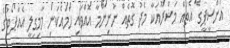
އެންސީޕީގެ އެތައް މަޝްރޫއަކާ މެދު ގޮތެއް ނުނިންމާ އޮއްވައި ހަމައެކަނި މާމިގިލީ އެއާޕޯޓުގެ